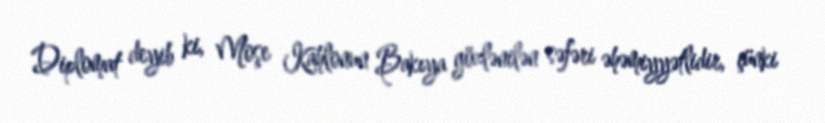
Diplomat deyib ki, Moşe Kahlonun Bakıya gözlənilən səfəri əhəmiyyətlidir, çünki